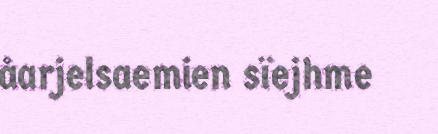
åarjelsaemien sïejhme